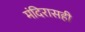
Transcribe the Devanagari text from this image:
मंदिरासही